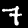
Digit: 7